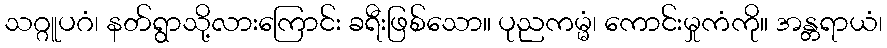
သဂ္ဂူပဂံ၊ နတ်ရွာသို့လားကြောင်း ခရီးဖြစ်သော။ ပုညကမ္မံ၊ ကောင်းမှုကံကို။ အန္တရာယံ၊